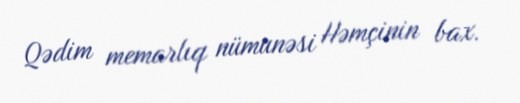
Qədim memarlıq nümunəsi Həmçinin bax.